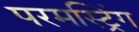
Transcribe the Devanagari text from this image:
परमस्ट्रिंग